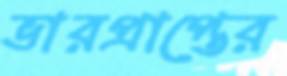
ভারপ্রাপ্তের